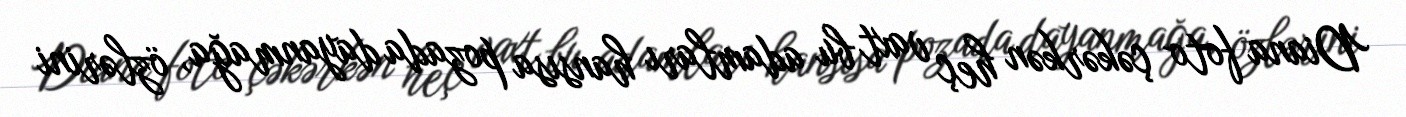
Diana foto çəkərkən heç vaxt bu adamları hansısa pozada dayanmağa, özlərini